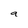
Character: a